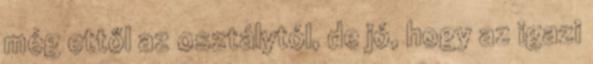
még ettől az osztálytól, de jó, hogy az igazi